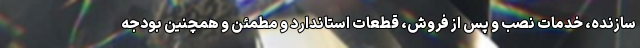
سازنده، خدمات نصب و پس از فروش، قطعات استاندارد و مطمئن و همچنین بودجه